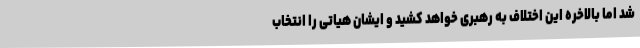
شد اما بالاخره این اختلاف به رهبری خواهد کشید و ایشان هیاتی را انتخاب